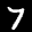
Label: 7